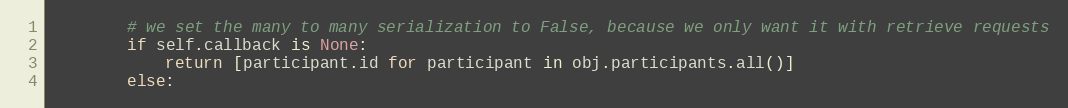
Language: Python
        # we set the many to many serialization to False, because we only want it with retrieve requests
        if self.callback is None:
            return [participant.id for participant in obj.participants.all()]
        else: